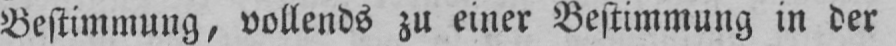
Bestimmung, vollends zu einer Bestimmung in der